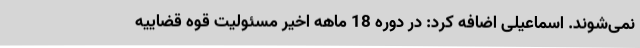
نمی‌شوند. اسماعیلی اضافه کرد: در دوره 18 ماهه اخیر مسئولیت قوه قضاییه